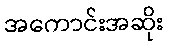
အကောင်းအဆိုး